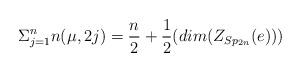
LaTeX: \begin{align*}\Sigma_{j=1}^n n(\mu,2j) = \frac {n}{2} + \frac {1}{2} (dim(Z_{Sp_{2n}}(e)))\end{align*}